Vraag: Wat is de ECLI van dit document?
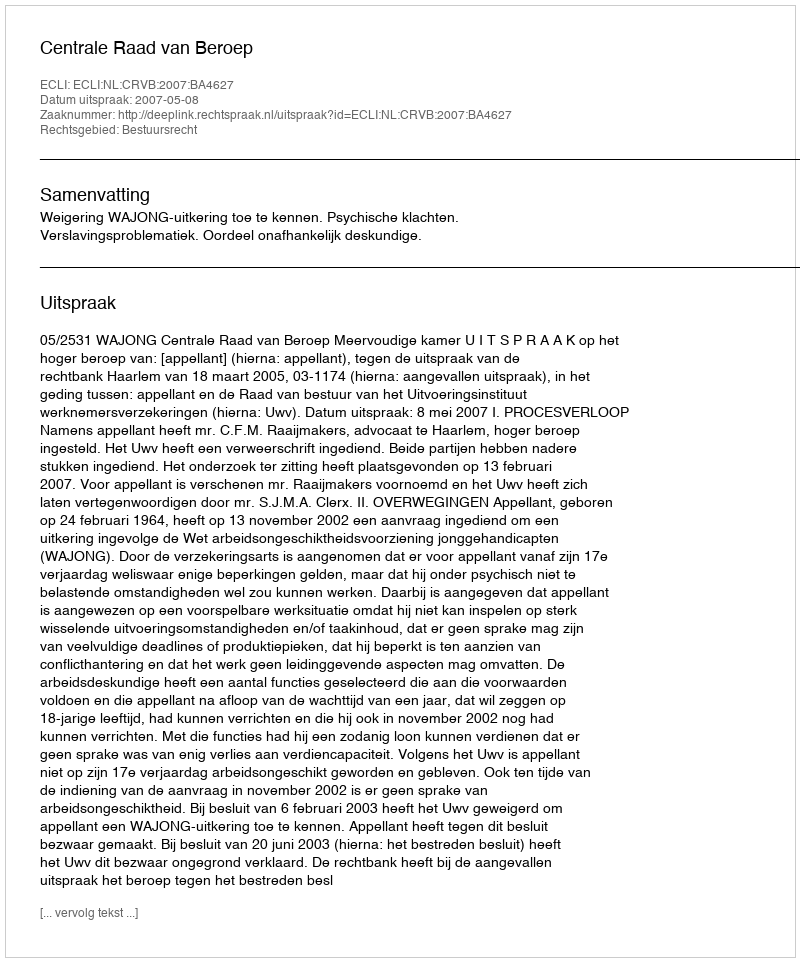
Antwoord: ECLI:NL:CRVB:2007:BA4627